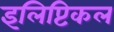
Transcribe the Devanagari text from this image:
इलिप्टिकल